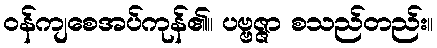
ဝန်ကျစေအပ်ကုန်၏။ ပဗ္ဗဇ္ဇာ စသည်တည်း။